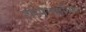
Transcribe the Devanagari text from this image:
शोपेनहॉवर